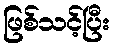
ဖြစ်သင့်ပြီး